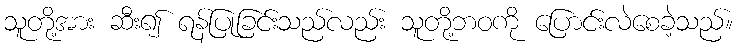
သူတို့အား ဆီး၍ ရန်ပြုခြင်းသည်လည်း သူတို့ဘဝကို ပြောင်းလဲစေခဲ့သည်။